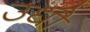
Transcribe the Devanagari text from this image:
उधौ